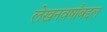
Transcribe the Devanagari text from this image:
लेखनवर्षांबद्दल